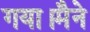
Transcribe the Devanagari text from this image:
गया।मैने